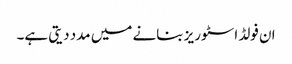
ان فولڈ اسٹوریز بنانے میں مدد دیتی ہے۔